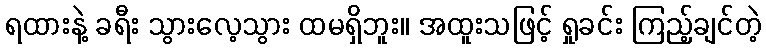
ရထားနဲ့ ခရီး သွားလေ့သွား ထမရှိဘူး။ အထူးသဖြင့် ရှုခင်း ကြည့်ချင်တဲ့